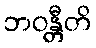
ဘဝန္တီတိ